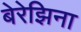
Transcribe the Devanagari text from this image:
बेरेझिना